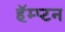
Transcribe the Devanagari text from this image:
हॅम्प्टन